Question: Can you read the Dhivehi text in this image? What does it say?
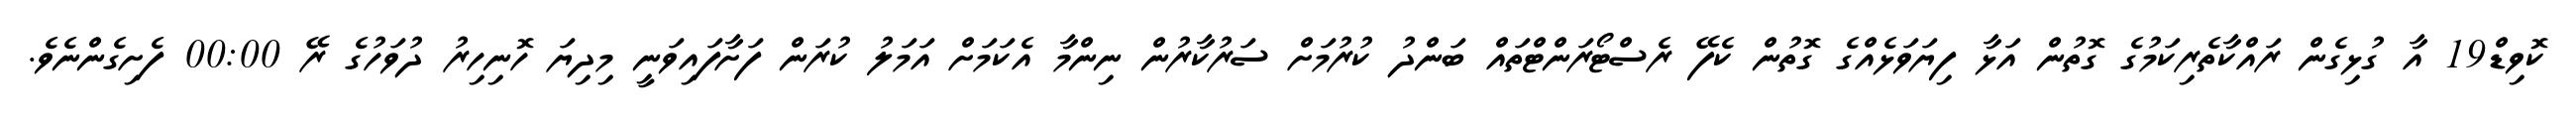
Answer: ކޮވިޑް19 އާ ގުޅިގެން ރައްކާތެރިކަމުގެ ގޮތުން އަޅާ ފިޔަވަޅެއްގެ ގޮތުން ކެފޭ ރެސްޓޯރަންޓްތައް ބަންދު ކުރުމަށް ސަރުކާރުން ނިންމާ އެކަމަށް އަމަލު ކުރަން ފަށާފައިވަނީ މިދިޔަ ހޮނިހިރު ދުވަހުގެ ރޭ 00:00 ފެށިގެންނެވެ.